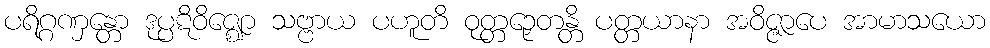
ပရိဂ္ဂဏှန္တော ဒုပ္ပဋိဝိဇ္ဈော သဗ္ဗာယ ပဟူတိ ဝုတ္တဉှေတန္တိ ပတ္တယာနာ အဝိဇ္ဇာပေ အာမာသယော